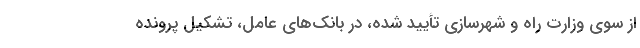
از سوی وزارت راه و شهرسازی تأیید شده، در بانک‌های عامل، تشکیل پرونده